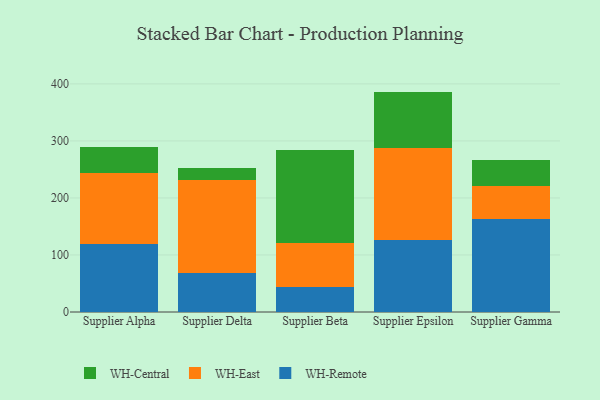
{"axis": {"x": "Supplier", "y": "Waste Production (Tons)"}, "legend": ["WH-Central", "WH-East", "WH-Remote"], "data": [{"x": "Supplier Alpha", "y": 119.6, "type": "WH-Remote"}, {"x": "Supplier Alpha", "y": 124.9, "type": "WH-East"}, {"x": "Supplier Alpha", "y": 45.5, "type": "WH-Central"}, {"x": "Supplier Delta", "y": 67.6, "type": "WH-Remote"}, {"x": "Supplier Delta", "y": 163.6, "type": "WH-East"}, {"x": "Supplier Delta", "y": 22.2, "type": "WH-Central"}, {"x": "Supplier Beta", "y": 43.4, "type": "WH-Remote"}, {"x": "Supplier Beta", "y": 77.7, "type": "WH-East"}, {"x": "Supplier Beta", "y": 163.7, "type": "WH-Central"}, {"x": "Supplier Epsilon", "y": 125.9, "type": "WH-Remote"}, {"x": "Supplier Epsilon", "y": 161.3, "type": "WH-East"}, {"x": "Supplier Epsilon", "y": 99.3, "type": "WH-Central"}, {"x": "Supplier Gamma", "y": 162.6, "type": "WH-Remote"}, {"x": "Supplier Gamma", "y": 58.5, "type": "WH-East"}, {"x": "Supplier Gamma", "y": 44.6, "type": "WH-Central"}]}